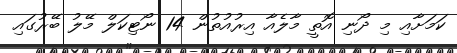
ކަމަށާއި މި ދޯނި އޮތީ މާލެއާ އިރުއުތުން 14 ނޯޓިކަލް މޭލު ބޭރުގައި